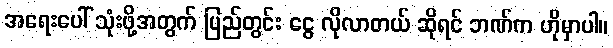
အရေးပေါ် သုံးဖို့အတွက် ပြည်တွင်း ငွေ လိုလာတယ် ဆိုရင် ဘဏ်က ဟိုမှာပါ။